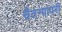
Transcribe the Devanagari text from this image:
चैतन्यापरी